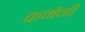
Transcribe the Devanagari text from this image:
कमेनी